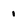
Character: 1